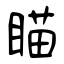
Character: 瞄